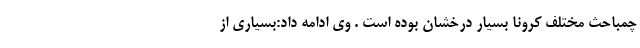
چمباحث مختلف کرونا بسیار درخشان بوده است . وی ادامه داد:بسیاری از